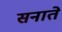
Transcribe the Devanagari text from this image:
सनाते